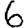
Digit: 6